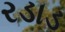
રડાડ